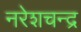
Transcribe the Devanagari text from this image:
नरेशचन्द्र